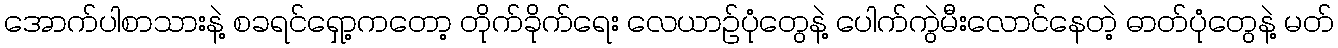
အောက်ပါစာသားနဲ့ စခရင်ရှော့ကတော့ တိုက်ခိုက်ရေး လေယာဉ်ပုံတွေနဲ့ ပေါက်ကွဲမီးလောင်နေတဲ့ ဓာတ်ပုံတွေနဲ့ မတ်